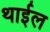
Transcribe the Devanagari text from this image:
थाईल